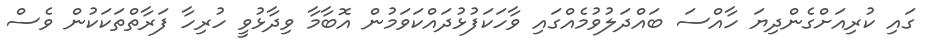
ގައި ކުރިއަށްގެންދިޔަ ހާއްސަ ބައްދަލުވުމެއްގައި ވާހަކަފުޅުދައްކަވަމުން އޮބާމާ ވިދާޅުވީ ހުރިހާ ފަރާތްތަކަކުން ވެސް